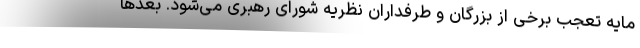
مایه تعجب برخی از بزرگان و طرفداران نظریه شورای رهبری می‌شود. بعد‌ها